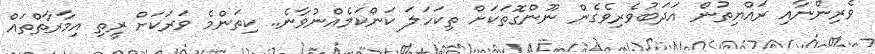
ވެރިންނާއި ރައްޔިތުން އަދަބުވެރިވެގެން ނޫންގޮތަކަށް ތިކަހަލަ ކަންކަމެއްނުވާނެ.. ކިތަންމެ ވަރަކަށް ރީތި އިމާރާތްތައް